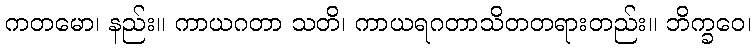
ကတမော၊ နည်း။ ကာယဂတာ သတိ၊ ကာယရဂတာသိတတရားတည်း။ ဘိက္ခဝေ၊